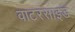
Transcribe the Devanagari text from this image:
वाटरसाइड